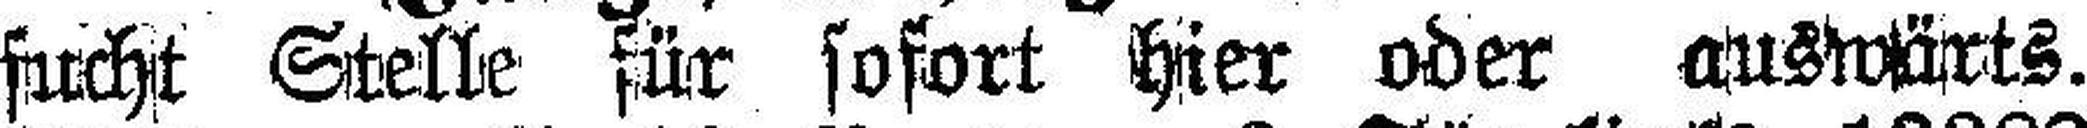
sucht Stelle für sofort hier oder auswärts.